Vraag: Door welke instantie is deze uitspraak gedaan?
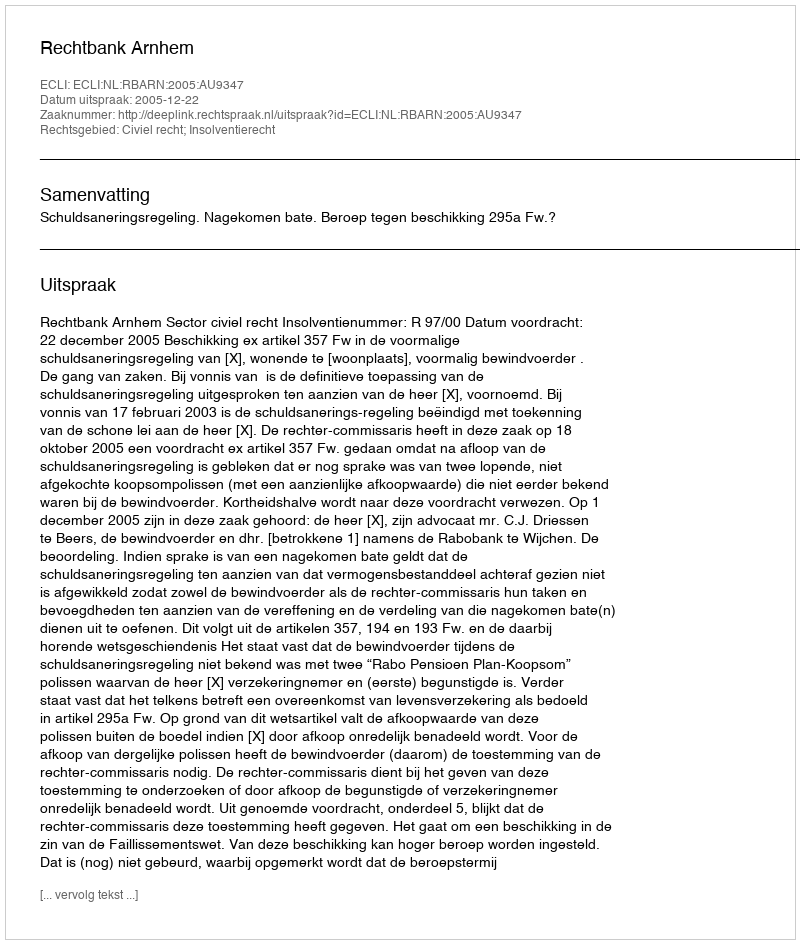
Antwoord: Rechtbank Arnhem